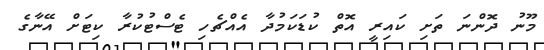
މޫނު ދޮންނަ ތަށި ކައިރީ އޮތް ކުޑަކަމުދާ އެއްޗެހި ޓެސްޓުކުރާ ކިޓަށް އޭނާގެ